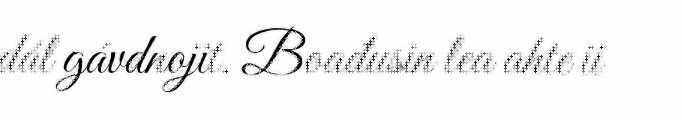
dál gávdnojit. Boađusin lea ahte ii